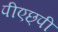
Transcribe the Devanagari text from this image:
पीएछ्पी